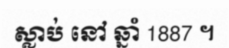
ស្លាប់ នៅ ឆ្នាំ 1887 ។